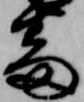
番